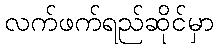
လက်ဖက်ရည်ဆိုင်မှာ